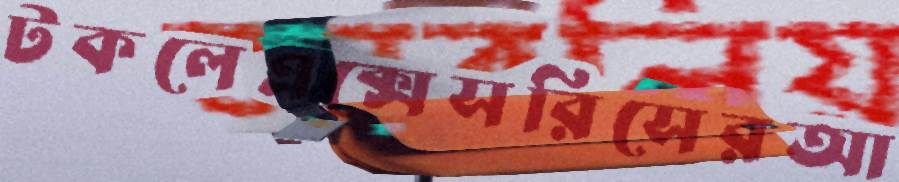
টকলেএক্সেসরিসেরআ